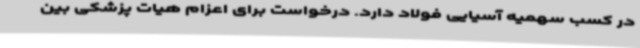
در کسب سهمیه آسیایی فولاد دارد. درخواست برای اعزام هیات پزشکی بین